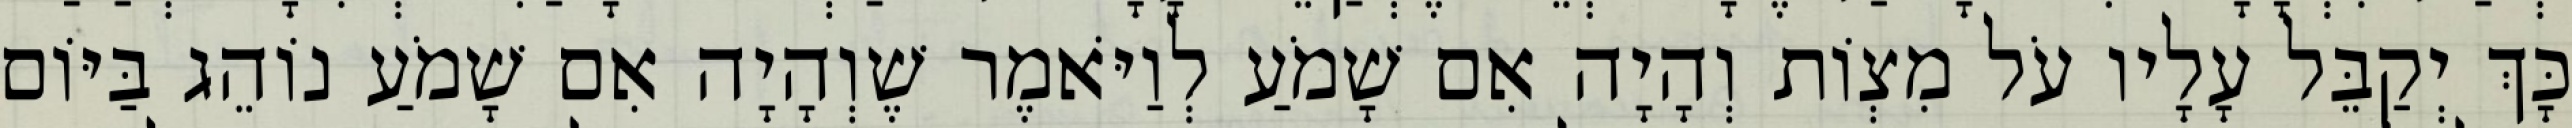
כָּךְ יְקַבֵּל עָלָיו עֹל מִצְוֹת וְהָיָה אִם שָׁמֹעַ לְוַיֹּאמֶר שֶׁוְהָיָה אִם שָׁמֹעַ נוֹהֵג בַּיּוֹם